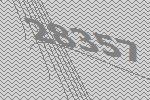
28357